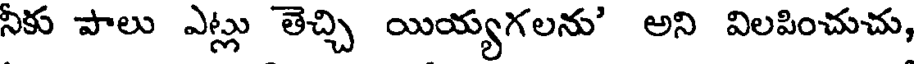
నీకు పాలు ఎట్లు తెచ్చి యియ్యగలను' అని విలపించుచు,